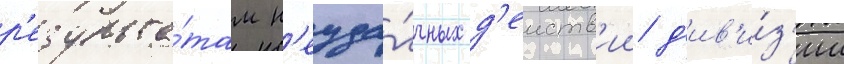
р'езульта́там н'еуда́чных д'еиств'ии д'ив'и́з'ии